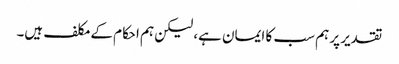
تقدیر پر ہم سب کا ایمان ہے، لیکن ہم احکام کے مکلف ہیں۔